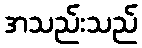
အသည်းသည်